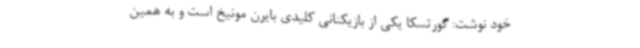
خود نوشت: گورتسکا یکی از بازیکنانی کلیدی بایرن مونیخ است و به همین